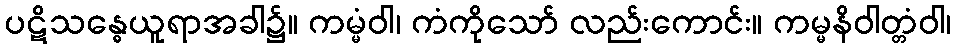
ပဋိသန္ဓေယူရာအခါ၌။ ကမ္မံဝါ၊ ကံကိုသော် လည်းကောင်း။ ကမ္မနိဝါတ္တံဝါ၊